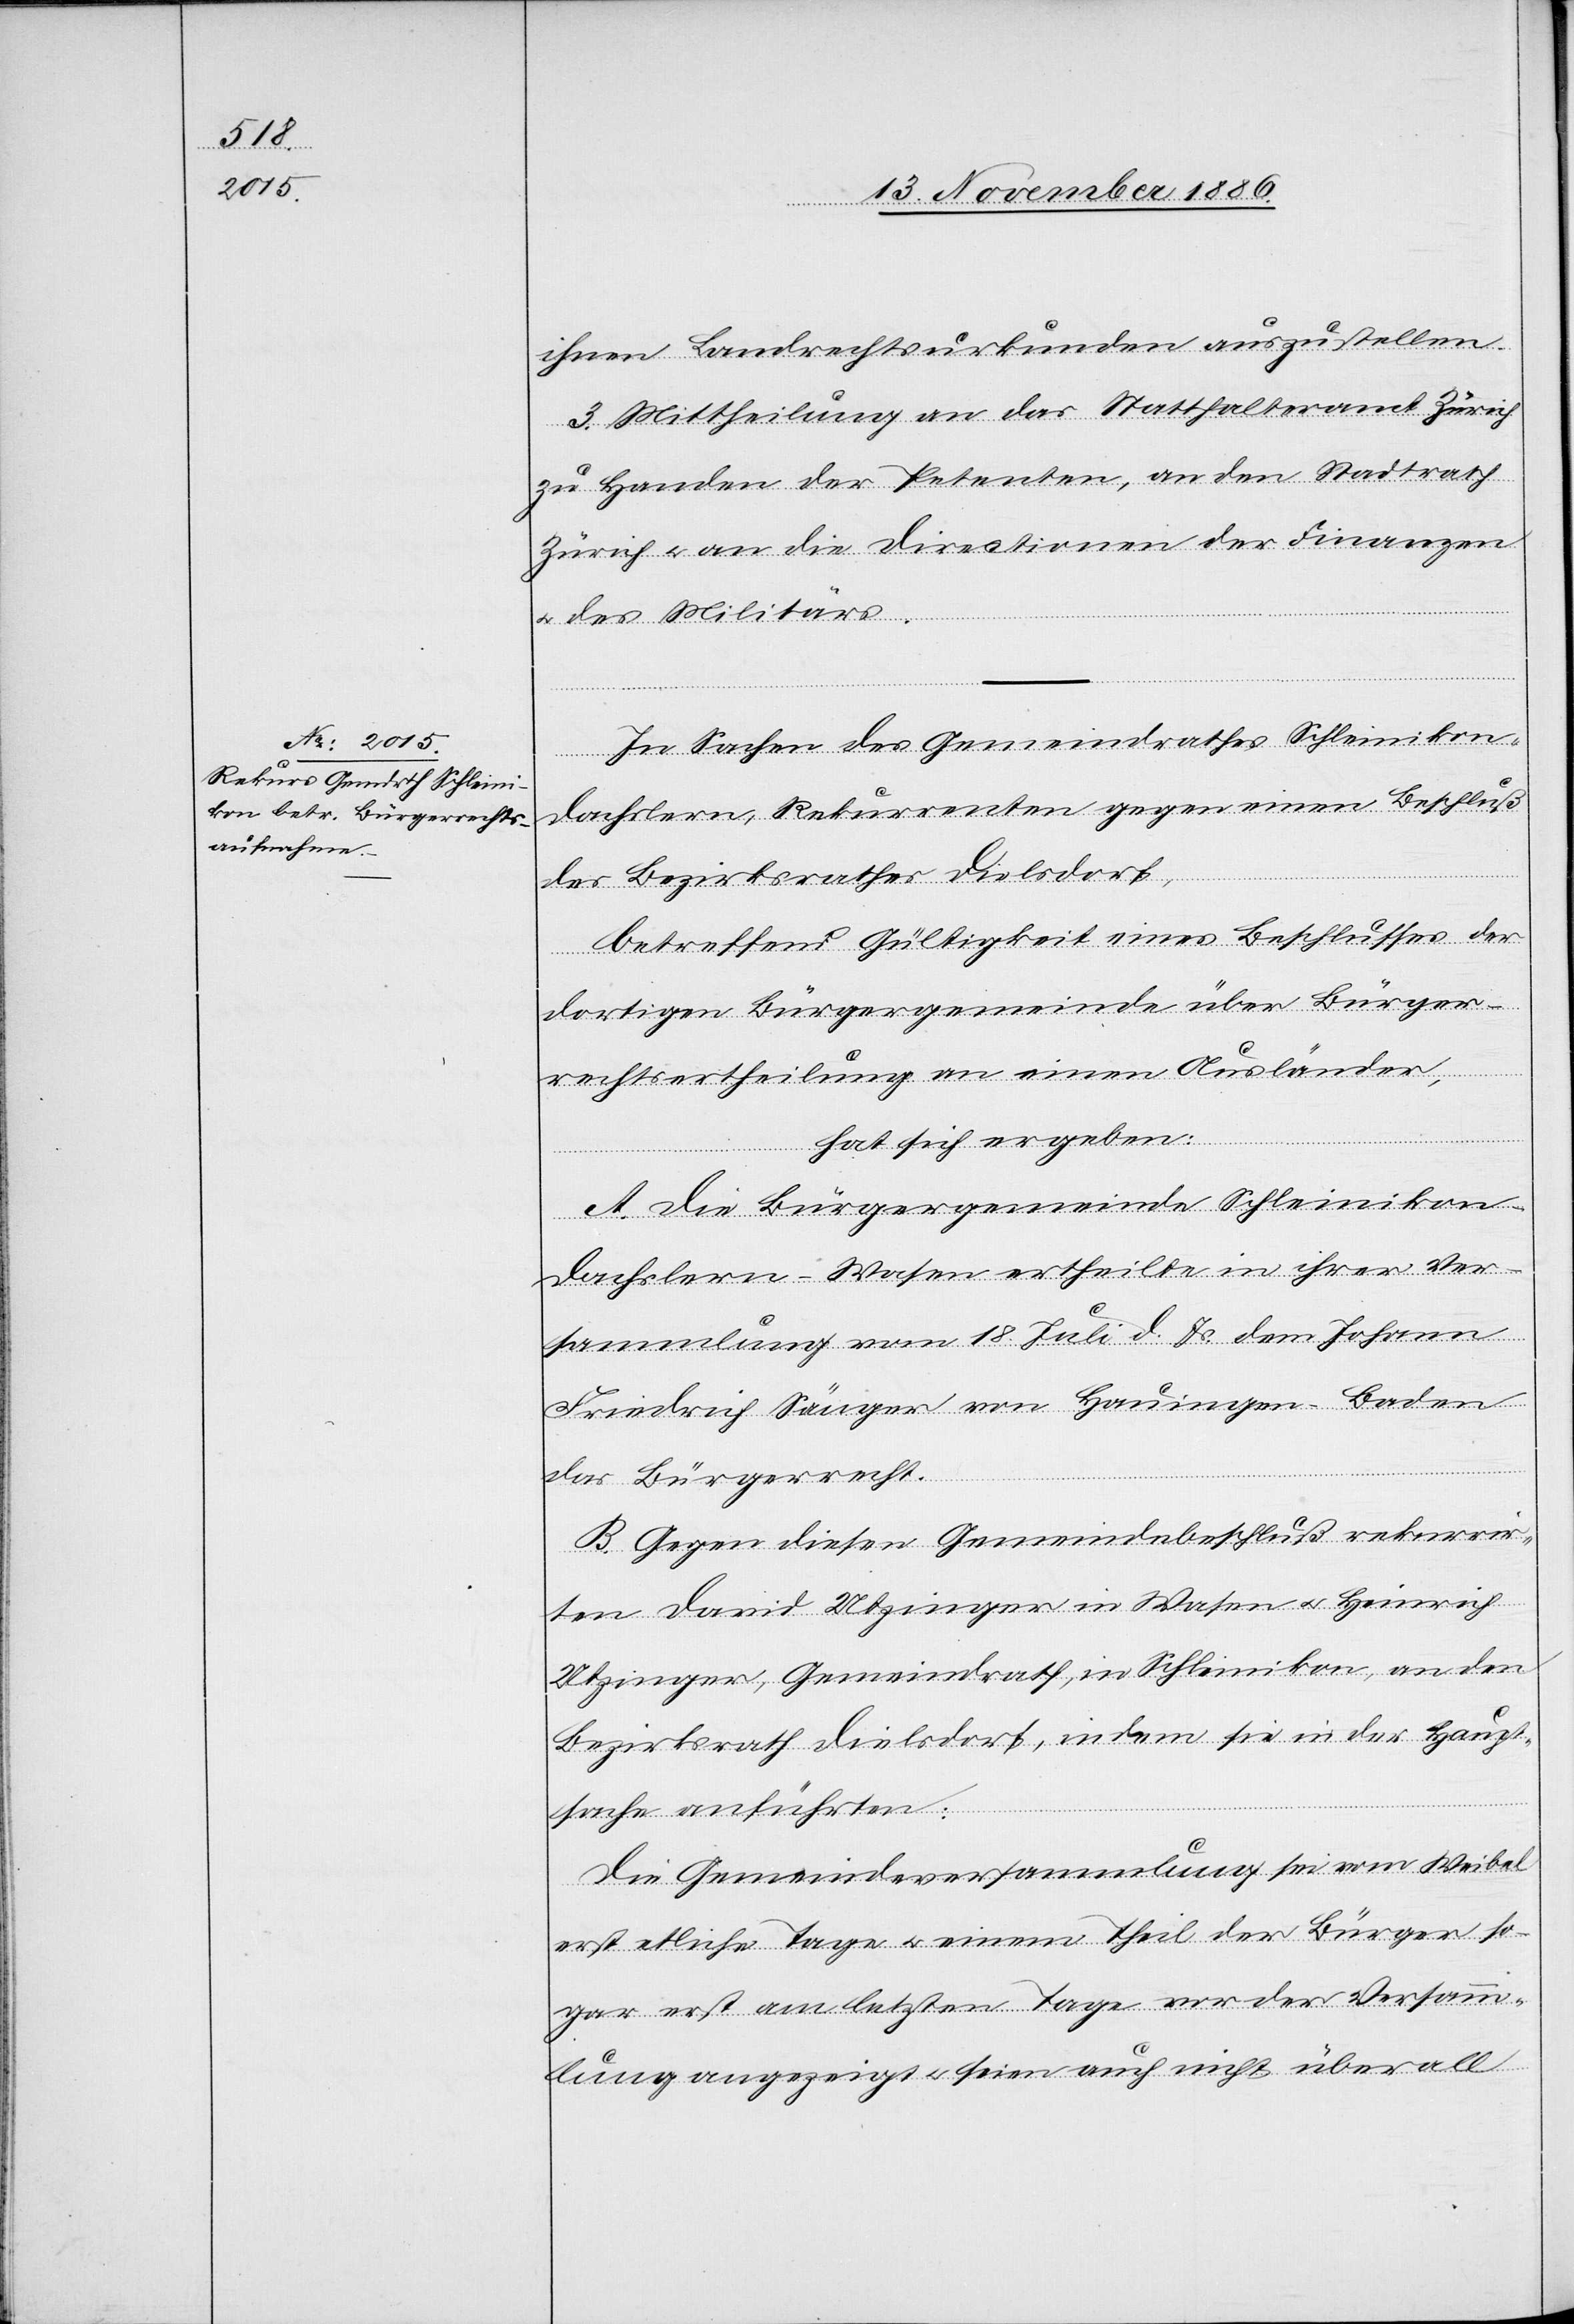
ihnen Landrechtsurkunden auszustellen.
3. Mittheilung an das Statthalteramt Zürich
zu Handen der Petenten, an den Stadtrath
Zürich & an die Directionen der Finanzen
& des Militärs.
In Sachen des Gemeindrathes Schleinikon-D¬
achslern, Rekurrenten gegen einen Beschluß
des Bezirksrathes Dielsdorf,
betreffend Gültigkeit eines Beschlusses der
dortigen Bürgergemeinde über Bürger¬
rechtsertheilung an einen Ausländer,
hat sich ergeben:
A. Die Bürgergemeinde Schleiniko¬
n-Dachslern-Wasen ertheilte in ihrer Ver¬
sammlung vom 18. Juli d. Js. dem Johann
Friedrich Sänger von Hauingen - Baden
das Bürgerrecht.
B. Gegen diesen Gemeindebeschluß rekurrir¬
ten David Utzinger in Wasen & Heinrich
Utzinger, Gemeindrath, in Schleinikon, an den
Bezirksrath Dielsdorf, in dem sie in der Haupt¬
sache anführten:
Die Gemeindeversammlung sei vom Weibel
erst etliche Tage & einem Theil der Bürger so¬
gar erst am letzten Tage vor der Versamm¬
lung angezeigt & seien auch nicht überall